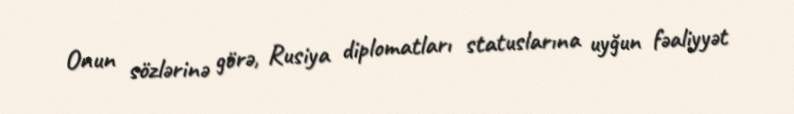
Onun sözlərinə görə, Rusiya diplomatları statuslarına uyğun fəaliyyət